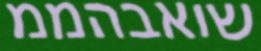
שואבהממ